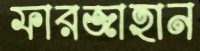
ফারজাহান